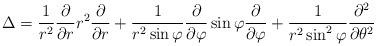
LaTeX: \begin{align*}\Delta=\frac{1}{r^2}\frac{\partial}{\partial r}r^2\frac{\partial}{\partial r}+\frac{1}{r^2\sin{\varphi}}\frac{\partial}{\partial \varphi}\sin\varphi\frac{\partial}{\partial \varphi}+\frac{1}{r^2\sin^2{\varphi}}\frac{\partial^2}{\partial \theta^2}\end{align*}